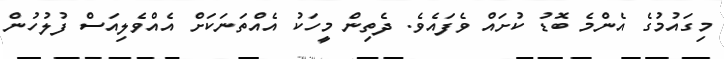
މިގައުމުގެ އެންމެ ބޮޑު ކުށައް ވެފައެވެ. ދެތިން މީހަކު އެއްތަނަކަށް އެއްވެލިއަސް ފުލުހުން